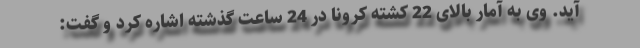
آید. وی به آمار بالای 22 کشته کرونا در 24 ساعت گذشته اشاره کرد و گفت: